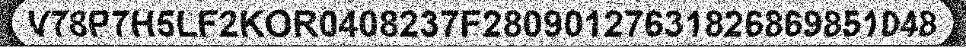
V78P7H5LF2KOR0408237F28090127631826869851048